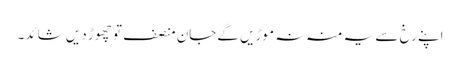
اپنے رخ سے یہ منہ نہ موڑیں گےجان منصف تو چھوڑ دیں شائد۔